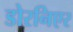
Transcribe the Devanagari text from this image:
डोरनिएर